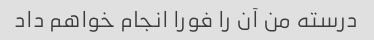
درسته من آن را فورا انجام خواهم داد